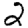
Digit: 2